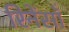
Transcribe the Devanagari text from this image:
रिनेंसाँ